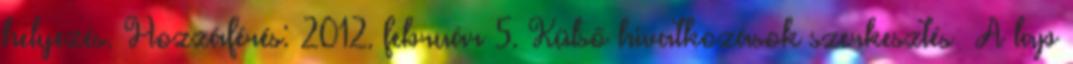
helyezés. Hozzáférés: 2012. február 5. Külső hivatkozások szerkesztés A lap